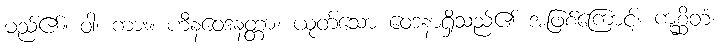
မည်၏။ ဝါ၊ ကား။ ဟီနဝေဒနတ္တာ၊ ယုတ်သော ဝေဒနာရှိသည်၏ အဖြစ်ကြောင့်။ ကုစ္ဆိတံ၊